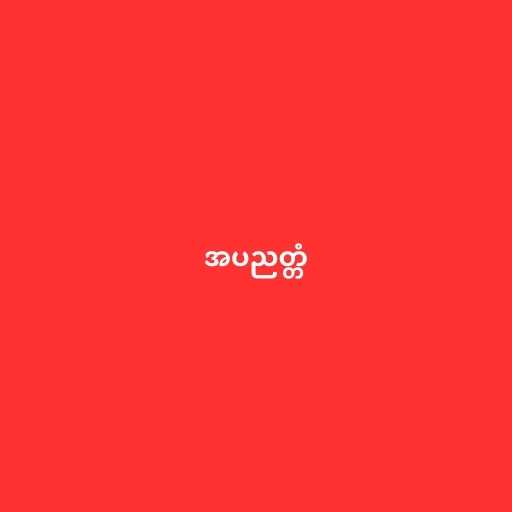
အပညတ္တံ